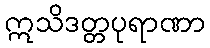
ဣသိဒတ္တပုရာဏာ